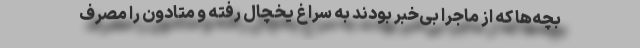
بچه‌ها که از ماجرا بی‌خبر بودند به سراغ یخچال رفته و متادون را مصرف